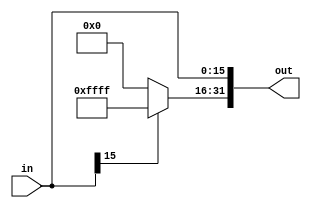
module SignExtImmediate(in, out);

input [15:0] in;

output [31:0] out;

assign out[15:0] = in;

assign out[31:16] = (in[15]) ? 16'b1111111111111111:16'd0;

endmodule